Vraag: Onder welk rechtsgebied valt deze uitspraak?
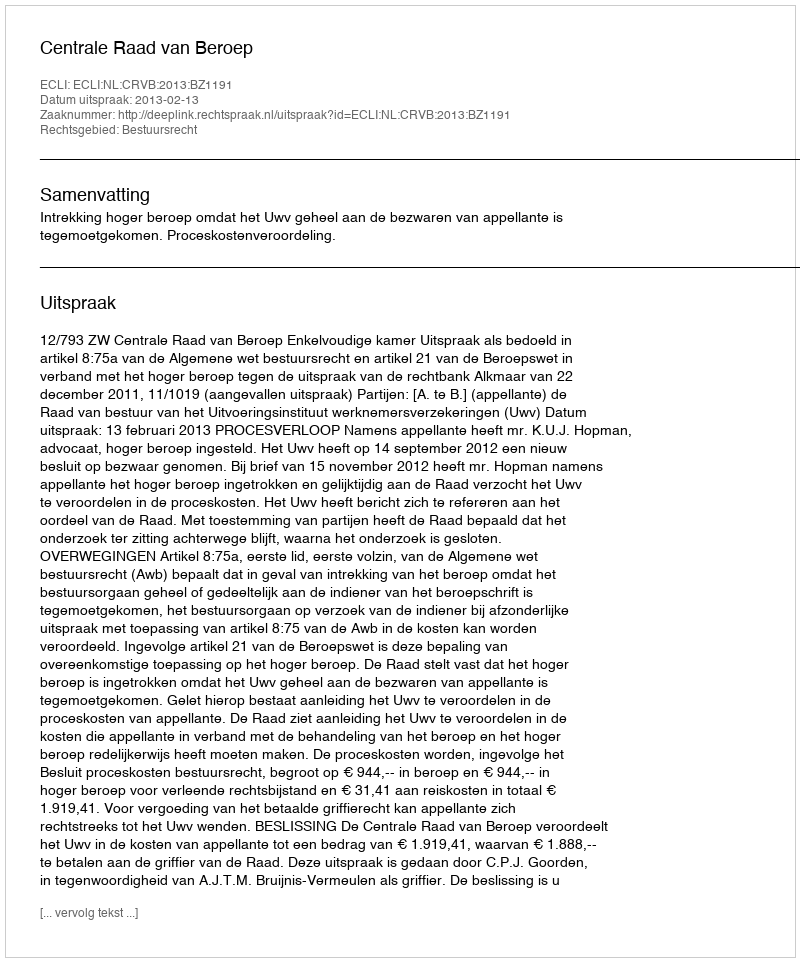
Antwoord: Bestuursrecht